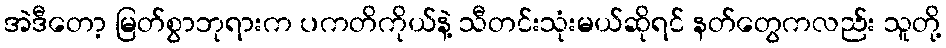
အဲဒီတော့ မြတ်စွာဘုရားက ပကတိကိုယ်နဲ့ သီတင်းသုံးမယ်ဆိုရင် နတ်တွေကလည်း သူတို့